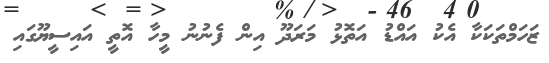
ޒަހަމްތަކަކާ އެކު އައްޑު އަތޮޅު މަރަދޫ އިން ފެނުނު މީހާ އޮތީ އައިސީޔޫގައި